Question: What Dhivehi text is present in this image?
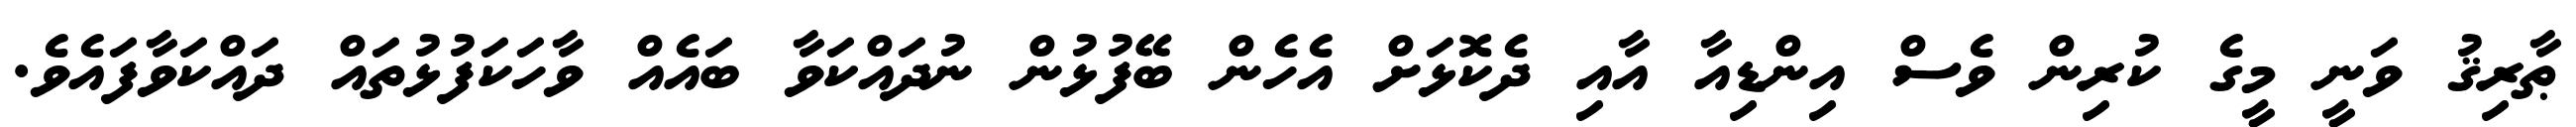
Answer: ޠާރިޤު ވަނީ މީގެ ކުރިން ވެސް އިންޑިއާ އާއި ދެކޮޅަށް އެހެން ބޭފުޅުން ނުދައްކަވާ ބައެއް ވާހަކަފުޅުތައް ދައްކަވާފައެވެ.